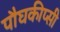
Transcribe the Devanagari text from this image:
पौघकीप्सी